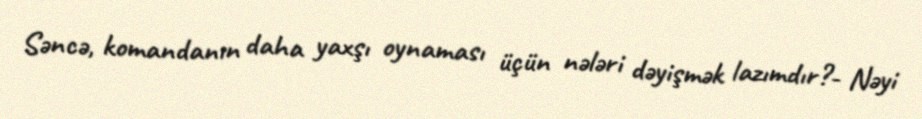
Səncə, komandanın daha yaxşı oynaması üçün nələri dəyişmək lazımdır?- Nəyi